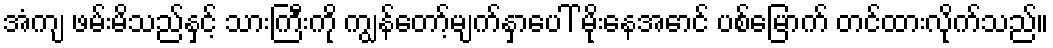
အံကျ ဖမ်းမိသည်နှင့် သားကြီးကို ကျွန်တော့်မျက်နှာပေါ် မိုးနေအောင် ပစ်မြောက် တင်ထားလိုက်သည်။